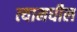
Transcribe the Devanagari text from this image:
त्‍यामधील